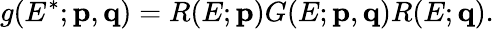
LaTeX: g(E^{*};{\mathbf p},{\mathbf q})=R(E;{\mathbf p})G(E;{\mathbf p},{\mathbf q})R(E;{\mathbf q}).